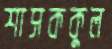
শাসককুল